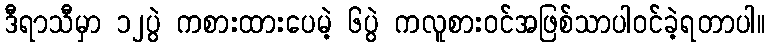
ဒီရာသီမှာ ၁၂ပွဲ ကစားထားပေမဲ့ ၆ပွဲ ကလူစားဝင်အဖြစ်သာပါဝင်ခဲ့ရတာပါ။